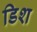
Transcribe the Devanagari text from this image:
डिश